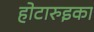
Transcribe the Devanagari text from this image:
होटारुइका